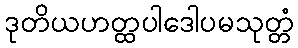
ဒုတိယဟတ္ထပါဒေါပမသုတ္တံ